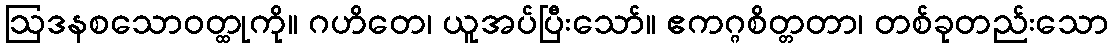
ဩဒနစသောဝတ္ထုကို။ ဂဟိတေ၊ ယူအပ်ပြီးသော်။ ဧကဂ္ဂစိတ္တတာ၊ တစ်ခုတည်းသော